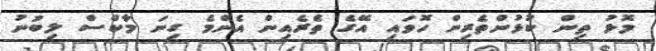
މޮޅު ތިން ކުޅުންތެރިން ހޮވައި އޭގެ ތެރެއިން އެންމެ ގިނަ މާކްސް ލިބުނު